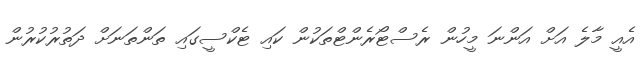
އެއީ މާލެ އަށް އަންނަ މީހުން ރެސްޓޯރެންޓްތަކުން ކައި ޓެކްސީގައި ތަންތަނަށް ދަތުރުކުރުން